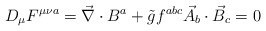
\begin{align*}D_{\mu}F^{\mu \nu a}=\vec{\nabla}\cdot B^a+\tilde{g}f^{abc}\vec{A}_b\cdot \vec{B}_c=0\end{align*}